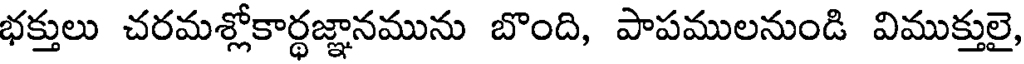
భక్తులు చరమశ్లోకార్థజ్ఞానమును బొంది, పాపములనుండి విముక్తులై,